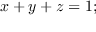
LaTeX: x + y + z = 1 ; \,